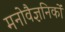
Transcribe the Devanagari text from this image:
मनोवैज्ञनिकों